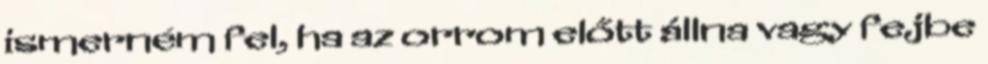
ismerném fel, ha az orrom előtt állna vagy fejbe